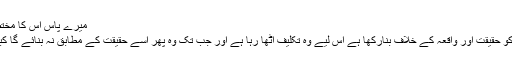
میرے پاس اس کا مختصر جواب یہ ہے کہ :
آدمی نے اپنی زندگی کو حقیقت اور واقعہ کے خلاف بنارکھا ہے اس لیے وہ تکلیف اٹھا رہا ہے اور جب تک وہ پھر اسے حقیقت کے مطابق نہ بنائے گا کبھی چین نہ پاسکے گا۔